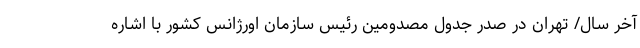
آخر سال/ تهران در صدر جدول مصدومین رئیس سازمان اورژانس کشور با اشاره